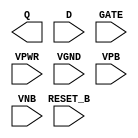
/**
 * Copyright 2020 The SkyWater PDK Authors
 *
 * Licensed under the Apache License, Version 2.0 (the "License");
 * you may not use this file except in compliance with the License.
 * You may obtain a copy of the License at
 *
 *     https://www.apache.org/licenses/LICENSE-2.0
 *
 * Unless required by applicable law or agreed to in writing, software
 * distributed under the License is distributed on an "AS IS" BASIS,
 * WITHOUT WARRANTIES OR CONDITIONS OF ANY KIND, either express or implied.
 * See the License for the specific language governing permissions and
 * limitations under the License.
 *
 * SPDX-License-Identifier: Apache-2.0
 */

`ifndef SKY130_FD_SC_HD__DLRTP_PP_BLACKBOX_V
`define SKY130_FD_SC_HD__DLRTP_PP_BLACKBOX_V

/**
 * dlrtp: Delay latch, inverted reset, non-inverted enable,
 *        single output.
 *
 * Verilog stub definition (black box with power pins).
 *
 * WARNING: This file is autogenerated, do not modify directly!
 */

`timescale 1ns / 1ps
`default_nettype none

(* blackbox *)
module sky130_fd_sc_hd__dlrtp (
    Q      ,
    RESET_B,
    D      ,
    GATE   ,
    VPWR   ,
    VGND   ,
    VPB    ,
    VNB
);

    output Q      ;
    input  RESET_B;
    input  D      ;
    input  GATE   ;
    input  VPWR   ;
    input  VGND   ;
    input  VPB    ;
    input  VNB    ;
endmodule

`default_nettype wire
`endif  // SKY130_FD_SC_HD__DLRTP_PP_BLACKBOX_V